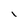
Character: i